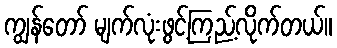
ကျွန်တော် မျက်လုံးဖွင့်ကြည့်လိုက်တယ်။